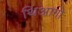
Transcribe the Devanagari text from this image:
थिआगो